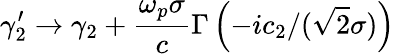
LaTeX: \gamma_{2}^{\prime}\rightarrow\gamma_{2}+\frac{\omega_{p}\sigma}{c}\Gamma\left(-ic_{2}/(\sqrt{2}\sigma)\right)